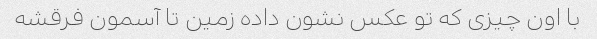
با اون چیزی که تو عکس نشون داده زمین تا آسمون فرقشه